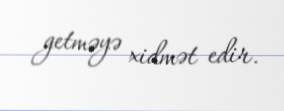
getməyə xidmət edir.